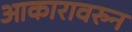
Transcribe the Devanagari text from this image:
आकारावरुन